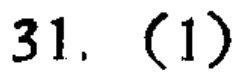
31. (1)